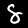
Digit: 8